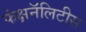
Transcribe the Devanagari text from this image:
फंक्षनॅलिटीस